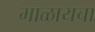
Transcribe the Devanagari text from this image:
माळायचा